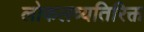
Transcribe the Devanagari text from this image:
लोकलव्यतिरिक्त